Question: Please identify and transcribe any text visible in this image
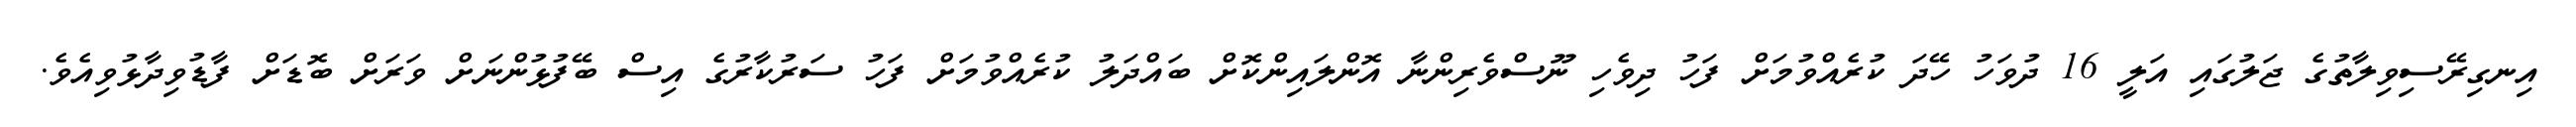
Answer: އިނގިރޭސިވިލާތުގެ ޖަލުގައި އަލީ 16 ދުވަހު ހޭދަ ކުރެއްވުމަށް ފަހު ދިވެހި ނޫސްވެރިންނާ އޮންލައިންކޮށް ބައްދަލު ކުރެއްވުމަށް ފަހު ސަރުކާރުގެ އިސް ބޭފުޅުންނަށް ވަރަށް ބޮޑަށް ފާޑުވިދާޅުވިއެވެ.